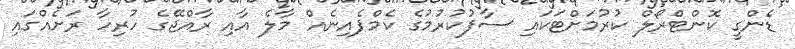
ޑެންގީ ކޮންޓްރޯލް ކުރުމަށްޓަކައި ސާފުކުރުމުގެ ކެމްޕެއިނެއް މާލެ އާއި ރާއްޖޭގެ ހުރިހާ ރަށެއްގައި